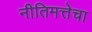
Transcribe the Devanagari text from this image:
नीतिमत्तेचा